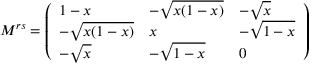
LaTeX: M ^ { r s } = \left( \begin{array} { l l l } { { 1 - x } } & { { - \sqrt { x ( 1 - x ) } } } & { { - \sqrt { x } } } \\ { { - \sqrt { x ( 1 - x ) } } } & { { x } } & { { - \sqrt { 1 - x } } } \\ { { - \sqrt { x } } } & { { - \sqrt { 1 - x } } } & { { 0 } } \end{array} \right)